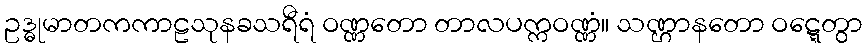
ဥဒ္ဓုမာတကကာဠသုနခသရီရံ ဝဏ္ဏတော တာလပက္ကဝဏ္ဏံ။ သဏ္ဌာနတော ဝဋ္ဋေတွာ